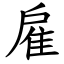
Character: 雇